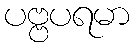
ပဗ္ဗပရမာ